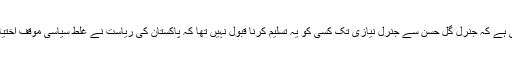
مشکل یہی ہے کہ جنرل گل حسن سے جنرل نیازی تک کسی کو یہ تسلیم کرنا قبول نہیں تھا کہ پاکستان کی ریاست نے غلط سیاسی موقف اختیار کیا تھا۔